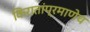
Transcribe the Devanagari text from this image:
किरातांप्रमाणेच